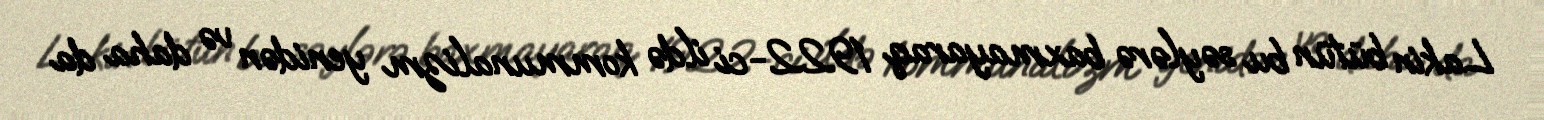
Lakin bütün bu səylərə baxmayaraq 1922-ci ildə kommunalizm yenidən və daha da